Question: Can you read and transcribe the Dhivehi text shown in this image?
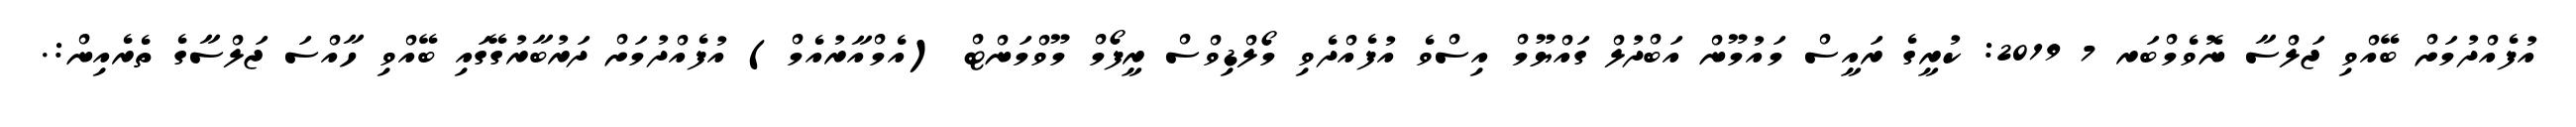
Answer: އުފެއްދުމަށް ބޭއްވި ޖަލްސާ ނޮވެމްބަރ 7 2019: ކުރީގެ ރައީސް މައުމޫން އަބްދުލް ގައްޔޫމް އިސްވެ އުފެއްދެވި މޯލްޑިވްސް ރީފޯމް މޫވްމަންޓް (އެމްއާރުއެމް) އުފެއްދުމަށް ދަރުބާރުގޭގައި ބޭއްވި ހާއްސަ ޖަލްސާގެ ތެރެއިން:.